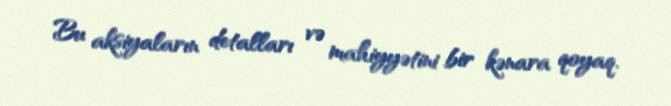
Bu aksiyaların detalları və mahiyyətini bir kənara qoyaq.